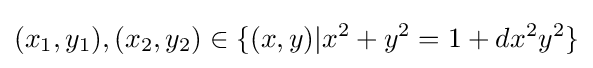
(x_{1},y_{1}),(x_{2},y_{2})\in \{(x,y)|x^{2}+y^{2}=1+dx^{2}y^{2}\}